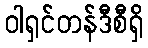
ဝါရှင်တန်ဒီစီရှိ